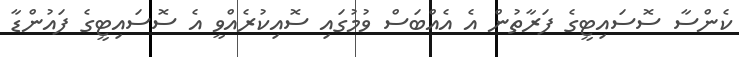
ކެންސާ ސޮސައިޓީގެ ފަރާތުން އެ އެއްބަސް ވުމުގައި ސޮއިކުރެއްވީ އެ ސޮސައިޓީގެ ފައުންޑާ